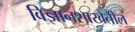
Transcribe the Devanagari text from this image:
विज्ञानशाखेतील